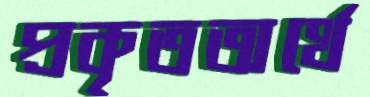
প্রকৃতঅর্থে